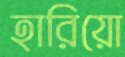
হারিয়ো